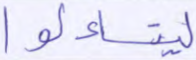
ليتساءلوا